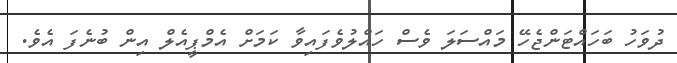
ދުވަހު ބަހައްޓަންޖެހޭ މައްސަލަ ވެސް ހައްލުވެފައިވާ ކަމަށް އެމްޕީއެލް އިން ބުނެފަ އެވެ.